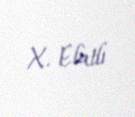
X. Elatlı